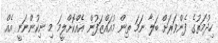
ހިދުމަތުގެ ފެންވަރަށް ބަލާ ނަމަ ތިން މުއައްޒަފުން އެއްކޮށްލީމަ މި ނިކުންނަނީ އެއް